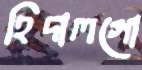
হিদালগো